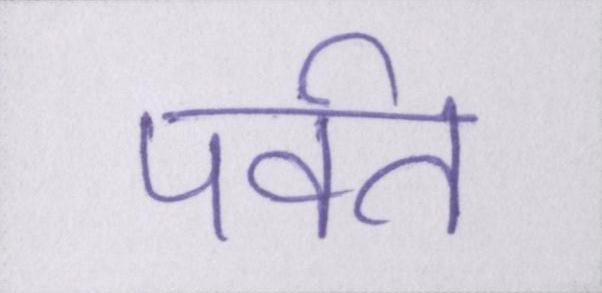
पर्वत